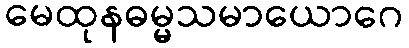
မေထုနဓမ္မသမာယောဂေ